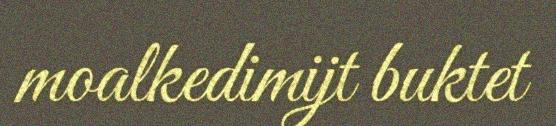
moalkedimijt buktet